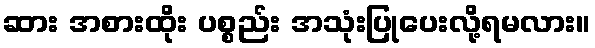
ဆား အစားထိုး ပစ္စည်း အသုံးပြုပေးလို့ရမလား။